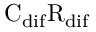
\mathrm { C _ { d i f } R _ { d i f } }